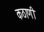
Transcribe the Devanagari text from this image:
कठाणी